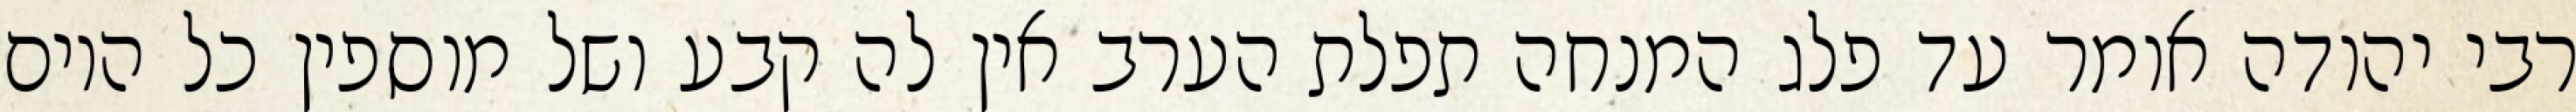
רבי יהודה אומר עד פלג המנחה תפלת הערב אין לה קבע ושל מוספין כל היום